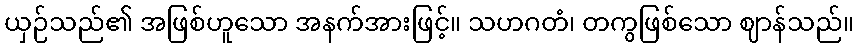
ယှဉ်သည်၏ အဖြစ်ဟူသော အနက်အားဖြင့်။ သဟဂတံ၊ တကွဖြစ်သော ဈာန်သည်။